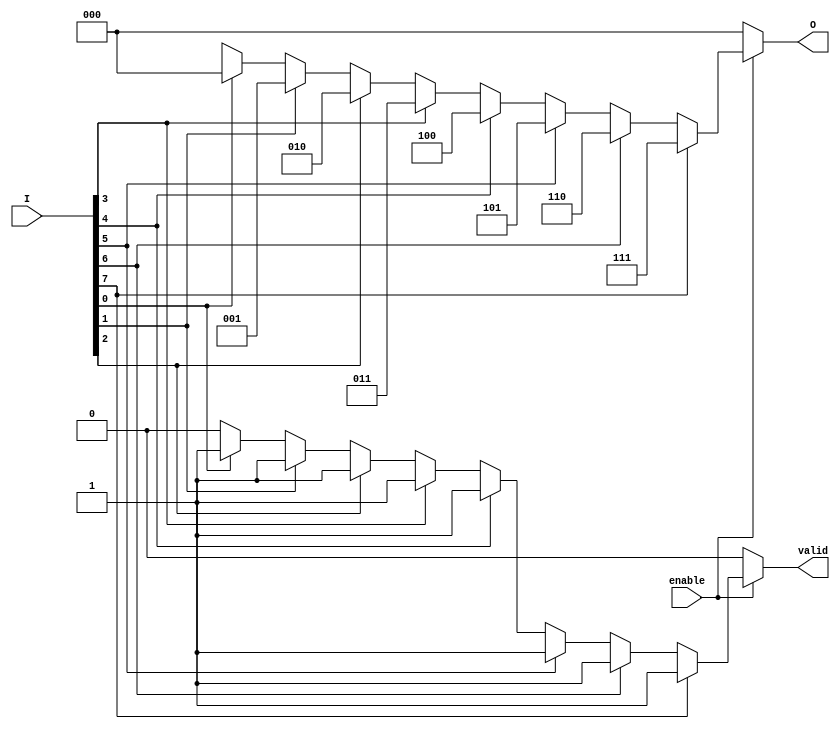
module octal_to_binary_encoder (
    input wire [7:0] I,      // Octal input (8 lines)
    input wire enable,       // Enable signal
    output reg [2:0] O,      // Binary output (3 bits)
    output reg valid         // Output valid signal
);

    always @(*) begin
        if (!enable) begin
            O = 3'b000;      // Default state when not enabled
            valid = 1'b0;    // Output is not valid
        end else begin
            case (1'b1)      // Prioritize the highest active input
                I[7]: begin O = 3'b111; valid = 1'b1; end
                I[6]: begin O = 3'b110; valid = 1'b1; end
                I[5]: begin O = 3'b101; valid = 1'b1; end
                I[4]: begin O = 3'b100; valid = 1'b1; end
                I[3]: begin O = 3'b011; valid = 1'b1; end
                I[2]: begin O = 3'b010; valid = 1'b1; end
                I[1]: begin O = 3'b001; valid = 1'b1; end
                I[0]: begin O = 3'b000; valid = 1'b1; end
                default: begin O = 3'bxxx; valid = 1'b0; end // Handle invalid states
            endcase
        end
    end

endmodule